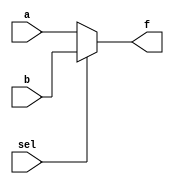
module mux(input a, input b, input sel, output f);

reg f;

always @ (sel or a or b) 
begin:MUX
  if (sel == 1'b0) begin
    f = a;
  end else begin 
    f = b;
  end
end

endmodule